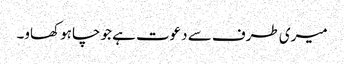
میری طرف سے دعوت ہے جو چاہو کھاو۔